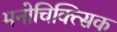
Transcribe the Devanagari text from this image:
मनोचिक्त्सिक